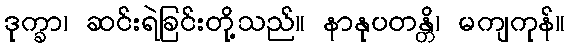
ဒုက္ခာ၊ ဆင်းရဲခြင်းတို့သည်။ နာနုပတန္တိ၊ မကျကုန်။